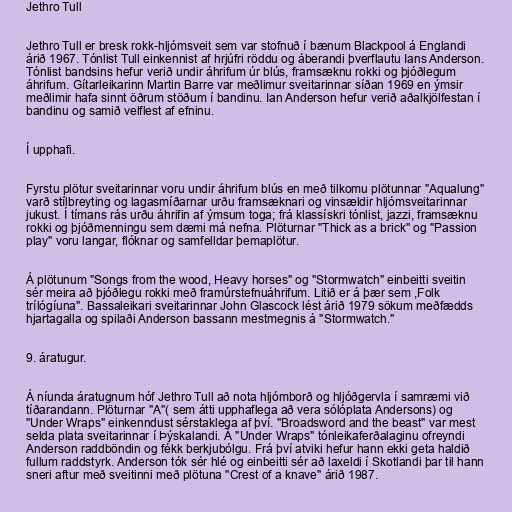
Jethro Tull

Jethro Tull er bresk rokk-hljómsveit sem var stofnuð í bænum Blackpool á Englandi
árið 1967. Tónlist Tull einkennist af hrjúfri röddu og áberandi þverflautu Ians Anderson.
Tónlist bandsins hefur verið undir áhrifum úr blús, framsæknu rokki og þjóðlegum
áhrifum. Gítarleikarinn Martin Barre var meðlimur sveitarinnar síðan 1969 en ýmsir
meðlimir hafa sinnt öðrum stöðum í bandinu. Ian Anderson hefur verið aðalkjölfestan í
bandinu og samið velflest af efninu.

Í upphafi.

Fyrstu plötur sveitarinnar voru undir áhrifum blús en með tilkomu plötunnar "Aqualung"
varð stílbreyting og lagasmíðarnar urðu framsæknari og vinsældir hljómsveitarinnar
jukust. Í tímans rás urðu áhrifin af ýmsum toga; frá klassískri tónlist, jazzi, framsæknu
rokki og þjóðmenningu sem dæmi má nefna. Plöturnar "Thick as a brick" og "Passion
play" voru langar, flóknar og samfelldar þemaplötur.

Á plötunum "Songs from the wood, Heavy horses" og "Stormwatch" einbeitti sveitin
sér meira að þjóðlegu rokki með framúrstefnuáhrifum. Litið er á þær sem ,Folk
trílógíuna". Bassaleikari sveitarinnar John Glascock lést árið 1979 sökum meðfædds
hjartagalla og spilaði Anderson bassann mestmegnis á "Stormwatch."

9. áratugur.

Á níunda áratugnum hóf Jethro Tull að nota hljómborð og hljóðgervla í samræmi við
tíðarandann. Plöturnar "A"( sem átti upphaflega að vera sólóplata Andersons) og
"Under Wraps" einkenndust sérstaklega af því. "Broadsword and the beast" var mest
selda plata sveitarinnar í Þýskalandi. Á "Under Wraps" tónleikaferðalaginu ofreyndi
Anderson raddböndin og fékk berkjubólgu. Frá því atviki hefur hann ekki geta haldið
fullum raddstyrk. Anderson tók sér hlé og einbeitti sér að laxeldi í Skotlandi þar til hann
sneri aftur með sveitinni með plötuna "Crest of a knave" árið 1987.